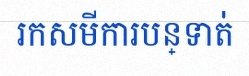
រកសមីការបន្ទាត់